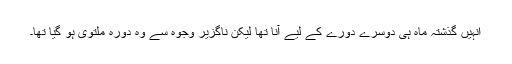
انہیں گذشتہ ماہ ہی دوسرے دورے کے لیے آنا تھا لیکن ناگزیر وجوہ سے وہ دورہ ملتوی ہو گیا تھا۔